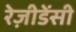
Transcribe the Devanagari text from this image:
रेज़ीडेंसी